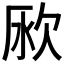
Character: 𣢭